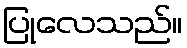
ပြုလေသည်။